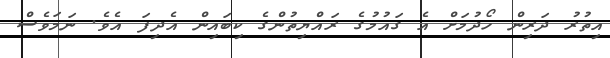
އިތުރު ދަރިން ހޯދުމަށް އެ ގައުމުގެ ރައްޔިތުންގެ ކިބައިން އެދިފަ އެވެ. ނަމަވެސް